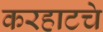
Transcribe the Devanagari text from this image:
करहाटचे